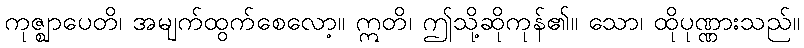
ကုဇ္ဈာပေတိ၊ အမျက်ထွက်စေလော့။ ဣတိ၊ ဤသို့ဆိုကုန်၏။ သော၊ ထိုပုဏ္ဏားသည်။